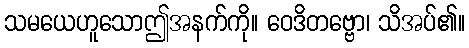
သမယေဟူသောဤအနက်ကို။ ဝေဒိတဗ္ဗော၊ သိအပ်၏။